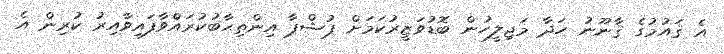
އެ ޤައުމުގެ ޤާނޫނު ހަދާ މަޖިލީހުން ބޮޑުވަޒީރުކަމަށް ޕުޝްޕާ އިންތިޙާބުކުރައްވާފައިވާއިރު ކުރިން އެ